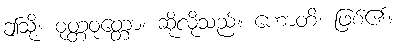
ဤသို့။ ဝုတ္တဝုတ္တော၊ ဆိုလိုသည်။ ဟောတိ၊ ဖြစ်၏။